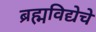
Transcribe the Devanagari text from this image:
ब्रह्मविद्येचे